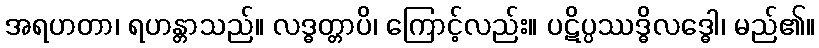
အရဟတာ၊ ရဟန္တာသည်။ လဒ္ဓတ္တာပိ၊ ကြောင့်လည်း။ ပဋိပ္ပဿဒ္ဓိလဒ္ဓေါ၊ မည်၏။